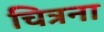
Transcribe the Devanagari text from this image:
चित्रना